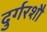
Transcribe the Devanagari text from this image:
दुर्गरशौ